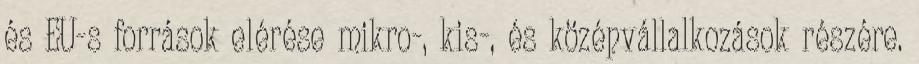
és EU-s források elérése mikro-, kis-, és középvállalkozások részére.